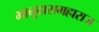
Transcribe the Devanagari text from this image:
भानुदासमहाराज